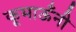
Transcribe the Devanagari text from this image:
कूमाऊँनी